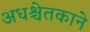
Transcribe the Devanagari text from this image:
अधश्चेतकाने